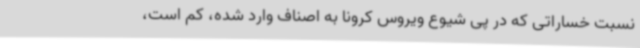
نسبت خساراتی که در پی شیوع ویروس کرونا به اصناف وارد شده، کم است،